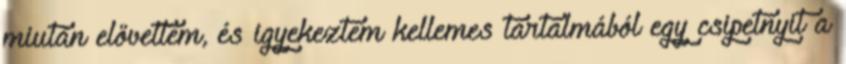
miután elővettem, és igyekeztem kellemes tartalmából egy csipetnyit a